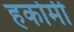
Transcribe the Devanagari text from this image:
हकोमी